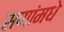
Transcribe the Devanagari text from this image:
सणांमधे